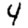
Digit: 4